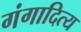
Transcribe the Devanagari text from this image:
गंगादित्य